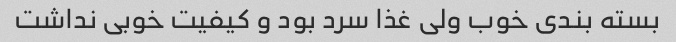
بسته بندی خوب ولی غذا سرد بود و کیفیت خوبی نداشت